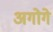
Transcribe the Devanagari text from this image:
अगोगे